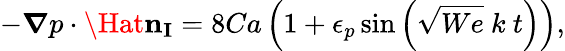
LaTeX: -{\boldsymbol{\nabla}}{p}\cdot\mathbf{\Hat{n}_{I}}=8Ca\left(1+\epsilon_{p}\sin\left(\sqrt{We}\ k\ {t}\right)\right),